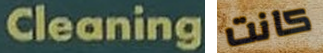
Cleaning كانت